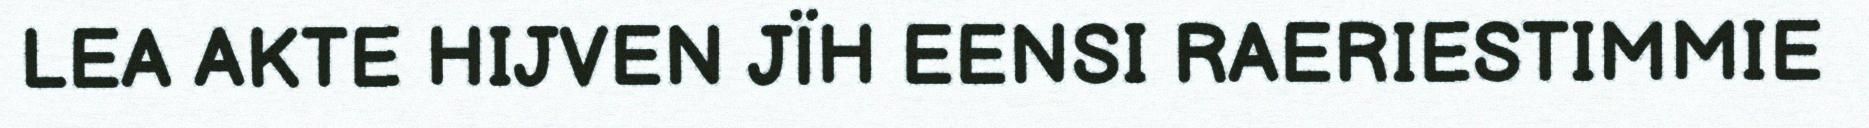
LEA AKTE HIJVEN JÏH EENSI RAERIESTIMMIE